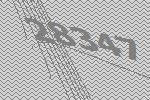
28347